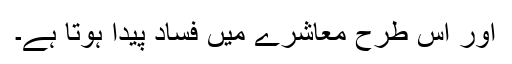
اور اس طرح معاشرے میں فساد پیدا ہوتا ہے۔